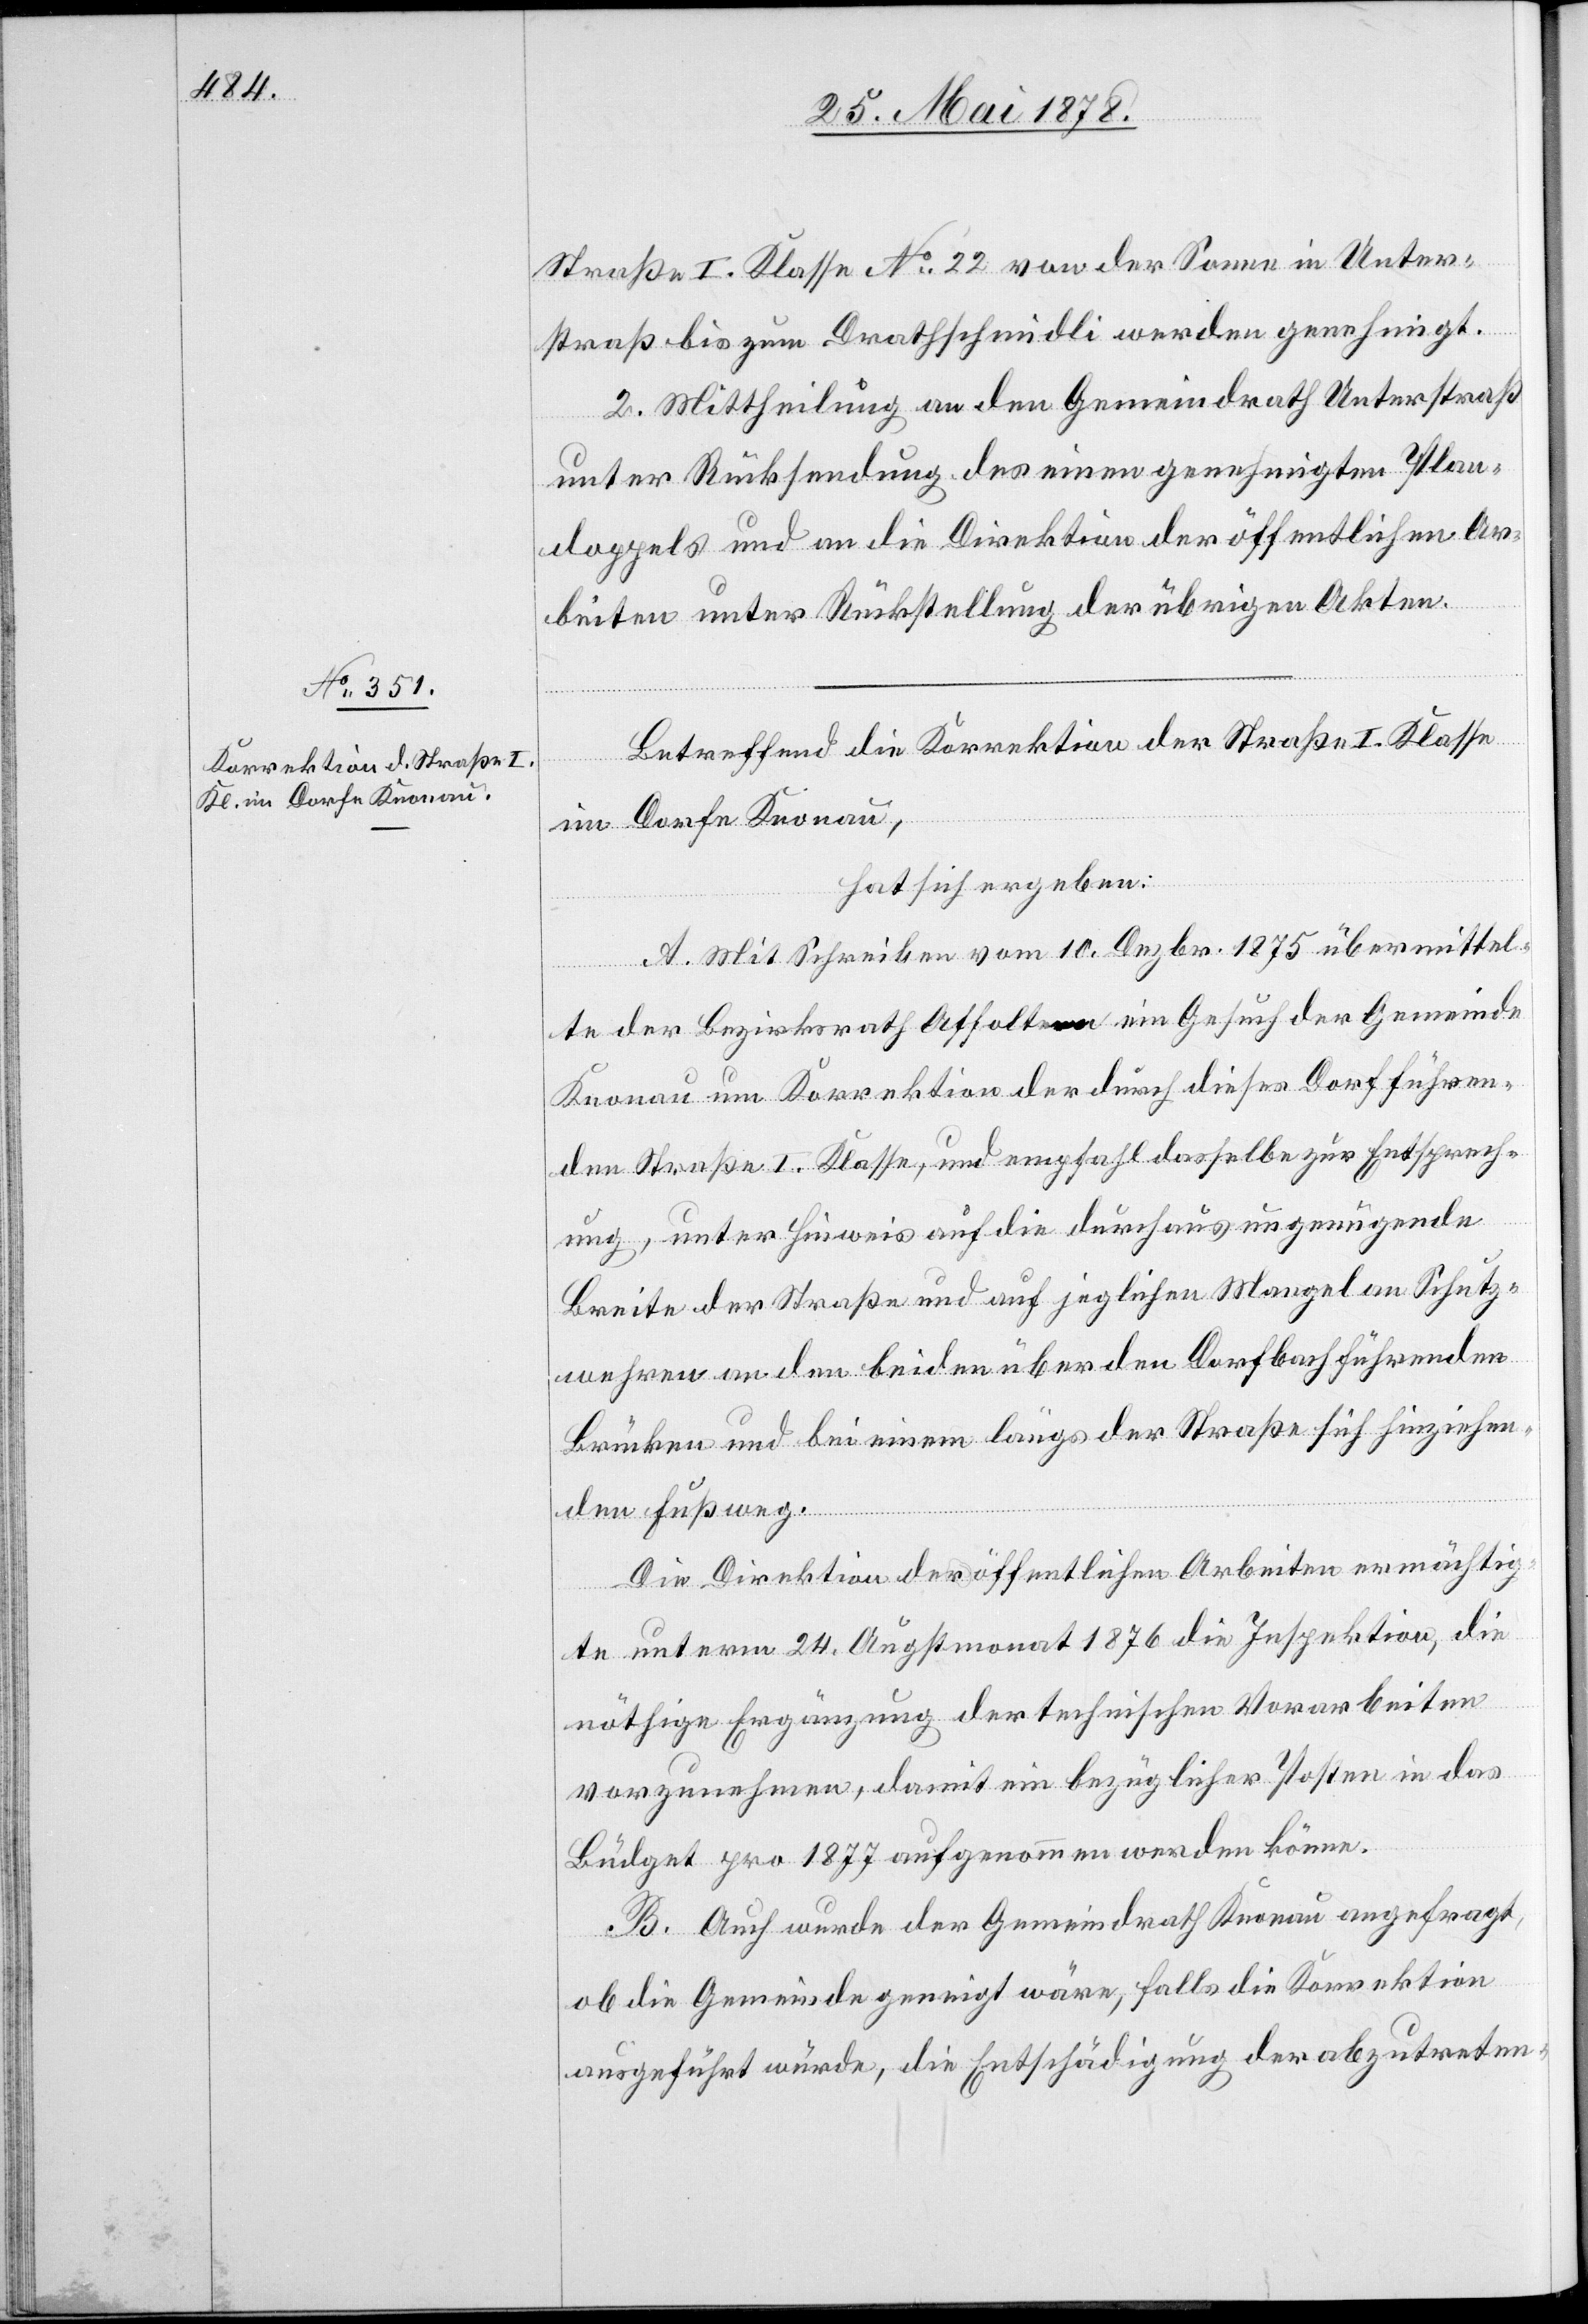
Straße I. Klasse No 22 von der Sonne in Unter¬
straß bis zum Drathschmidli werden genehmigt.
2. Mittheilung an den Gemeindrath Unterstraß
unter Rücksendung des einen genehmigten Plan¬
doppels und an die Direktion der öffentlichen Ar¬
beiten unter Rückstellung der übrigen Akten.
Betreffend die Korrektion der Straße I. Klasse
im Dorfe Knonau,
hat sich ergeben:
A. Mit Schreiben vom 10. Dezbr. 1875 übermittel¬
te der Bezirksrath Affoltern ein Gesuch der Gemeinde
Knonau um Korrektion der durch dieses Dorf führen¬
den Straße I. Klasse, und empfahl dasselbe zur Entsprech¬
ung, unter Hinweis auf die durchaus ungenügende
Breite der Straße und auf jeglichen Mangel an Schutz¬
wehren an den beiden über den Dorfbach führenden
Brücken und bei einem längs der Straße sich hinziehen¬
den Fußweg.
Die Direktion der öffentlichen Arbeiten ermächtig¬
te unterm 24. Augstmonat 1876 die Inspektion, die
nöthige Ergänzung der technischen Vorarbeiten
vorzunehmen, damit ein bezüglicher Posten in das
Büdget pro 1877 aufgenommen werden könne.
B. Auch wurde der Gemeindrath Knonau angefragt,
ob die Gemeinde geneigt wäre, falls die Korrektion
ausgeführt würde, die Entschädigung der abzutreten-